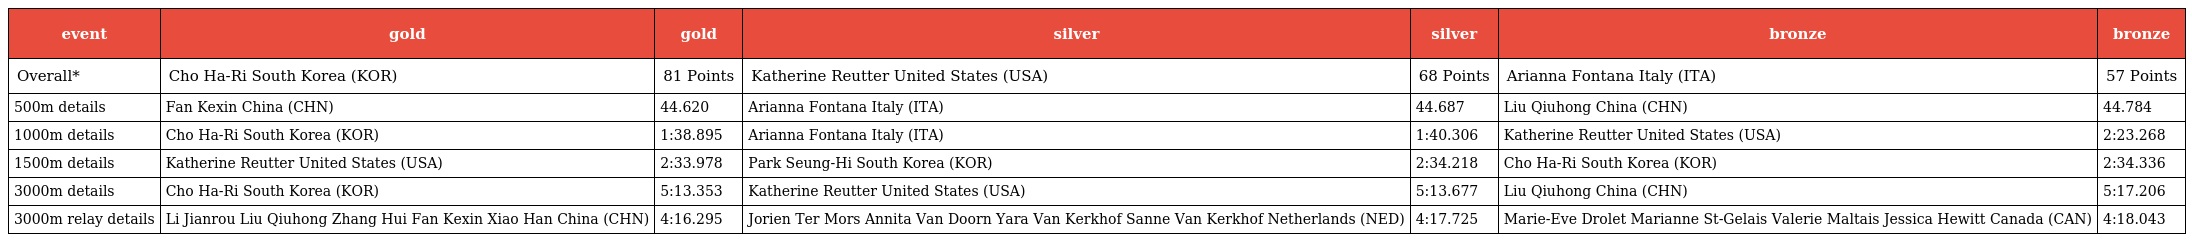
| event | gold | gold | silver | silver | bronze | bronze |
 | --- | --- | --- | --- | --- | --- | --- |
 | Overall* | Cho Ha-Ri South Korea (KOR) | 81 Points | Katherine Reutter United States (USA) | 68 Points | Arianna Fontana Italy (ITA) | 57 Points |
 | 500m details | Fan Kexin China (CHN) | 44.620 | Arianna Fontana Italy (ITA) | 44.687 | Liu Qiuhong China (CHN) | 44.784 |
 | 1000m details | Cho Ha-Ri South Korea (KOR) | 1:38.895 | Arianna Fontana Italy (ITA) | 1:40.306 | Katherine Reutter United States (USA) | 2:23.268 |
 | 1500m details | Katherine Reutter United States (USA) | 2:33.978 | Park Seung-Hi South Korea (KOR) | 2:34.218 | Cho Ha-Ri South Korea (KOR) | 2:34.336 |
 | 3000m details | Cho Ha-Ri South Korea (KOR) | 5:13.353 | Katherine Reutter United States (USA) | 5:13.677 | Liu Qiuhong China (CHN) | 5:17.206 |
 | 3000m relay details | Li Jianrou Liu Qiuhong Zhang Hui Fan Kexin Xiao Han China (CHN) | 4:16.295 | Jorien Ter Mors Annita Van Doorn Yara Van Kerkhof Sanne Van Kerkhof Netherlands (NED) | 4:17.725 | Marie-Eve Drolet Marianne St-Gelais Valerie Maltais Jessica Hewitt Canada (CAN) | 4:18.043 |